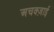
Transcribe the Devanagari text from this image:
अचक्ज़ाई